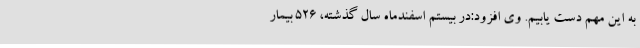
به این مهم دست یابیم. وی افزود:در بیستم اسفندماه سال گذشته، 526 بیمار